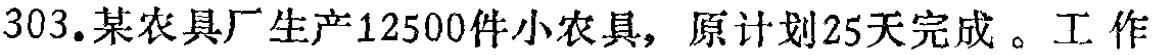
303.某农具厂生产12500件小农具，原计划25天完成。工作